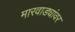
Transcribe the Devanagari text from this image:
मारवाड्यांवर